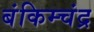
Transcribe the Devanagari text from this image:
बंकिम्चंद्र